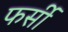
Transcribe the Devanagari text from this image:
फर्सी